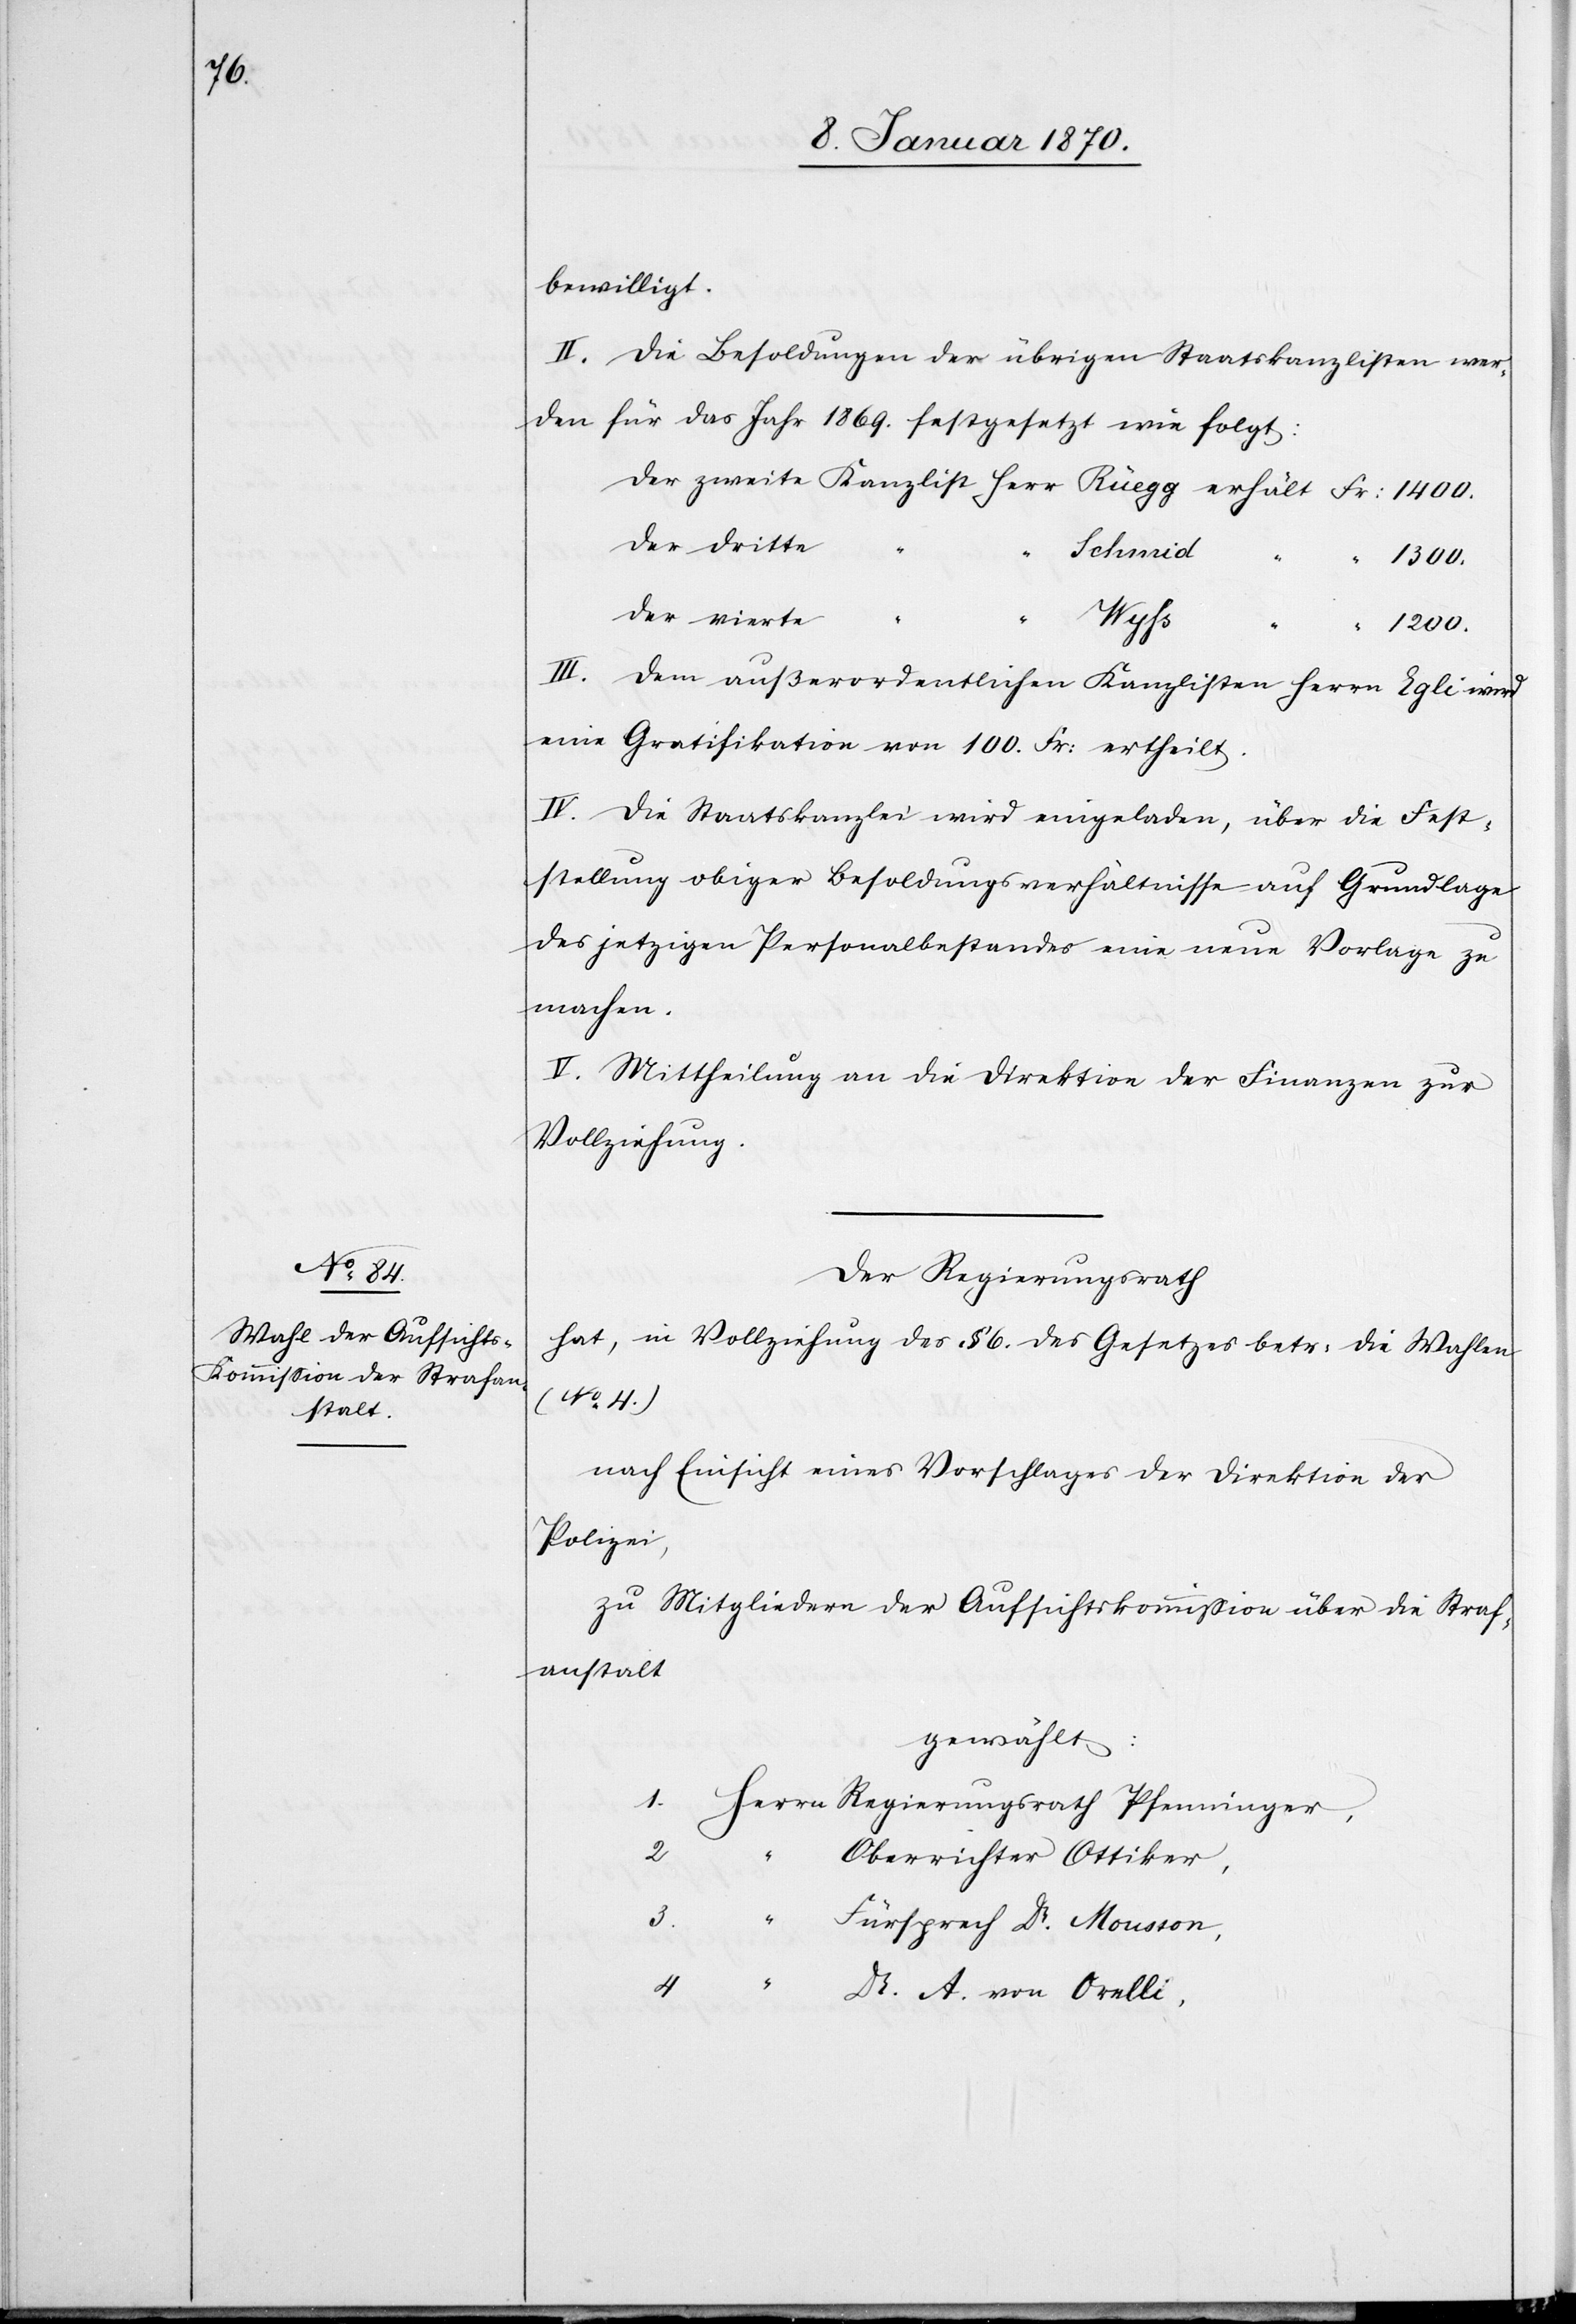
bewilligt.
II. Die Besoldungen der übrigen Staatskanzlisten wer¬
den für das Jahr 1869. festgesetzt wie folgt:
der zweite Kanzlist Herr Rüegg erhält Fr: 1400.
der dritte
der
III. Dem außerordentlichen Kanzlisten Herrn Egli wird
eine Gratifikation von 100. Fr: ertheilt.
IV. Die Staatskanzlei wird eingeladen, über die Fest¬
stellung obiger Besoldungsverhältnisse auf Grundlage
des jetzigen Personalbestandes eine neue Vorlage zu
machen.
V. Mittheilung an die Direktion der Finanzen zur
Vollziehung.
Der Regierungsrath
hat, in Vollziehung des § 6. des Gesetzes betr: die Wahlen
(No 4.)
nach Einsicht eines Vorschlages der Direktion der
Polizei,
zu Mitgliedern der Aufsichtskommission über die Straf¬
anstalt
gewählt:
1. Herrn Regierungsrath Pfenninger,
2
Oberrichter Ottiker,
3.
Fürsprech Dr. Mousson,
4 “ Dr. A. von Orelli,